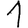
Digit: 1